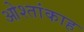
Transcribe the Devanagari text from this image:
ओश्तांकाह